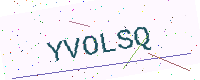
Text: YVOLSQ